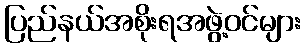
ပြည်နယ်အစိုးရအဖွဲ့ဝင်များ